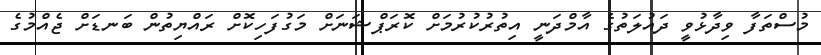
މުސްތަފާ ވިދާޅުވީ ދައުލަތުގެ އާމްދަނީ އިތުރުކުރުމަށް ކޮރަޕްޝަނަށް މަގުފަހިކޮށް ރައްޔިތުން ބަނޑަށް ޖެއްމުގެ